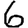
Digit: 6